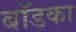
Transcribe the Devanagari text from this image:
बॉडका